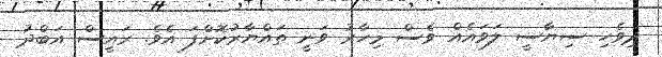
ދިވެހި ސިޔާސީ ލަވައެއް ވެސް މިހާރު ވަނީ ތައްޔާރުކޮށްފަ އެވެ. ރައީސް އަބްދު